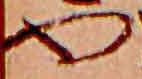
や